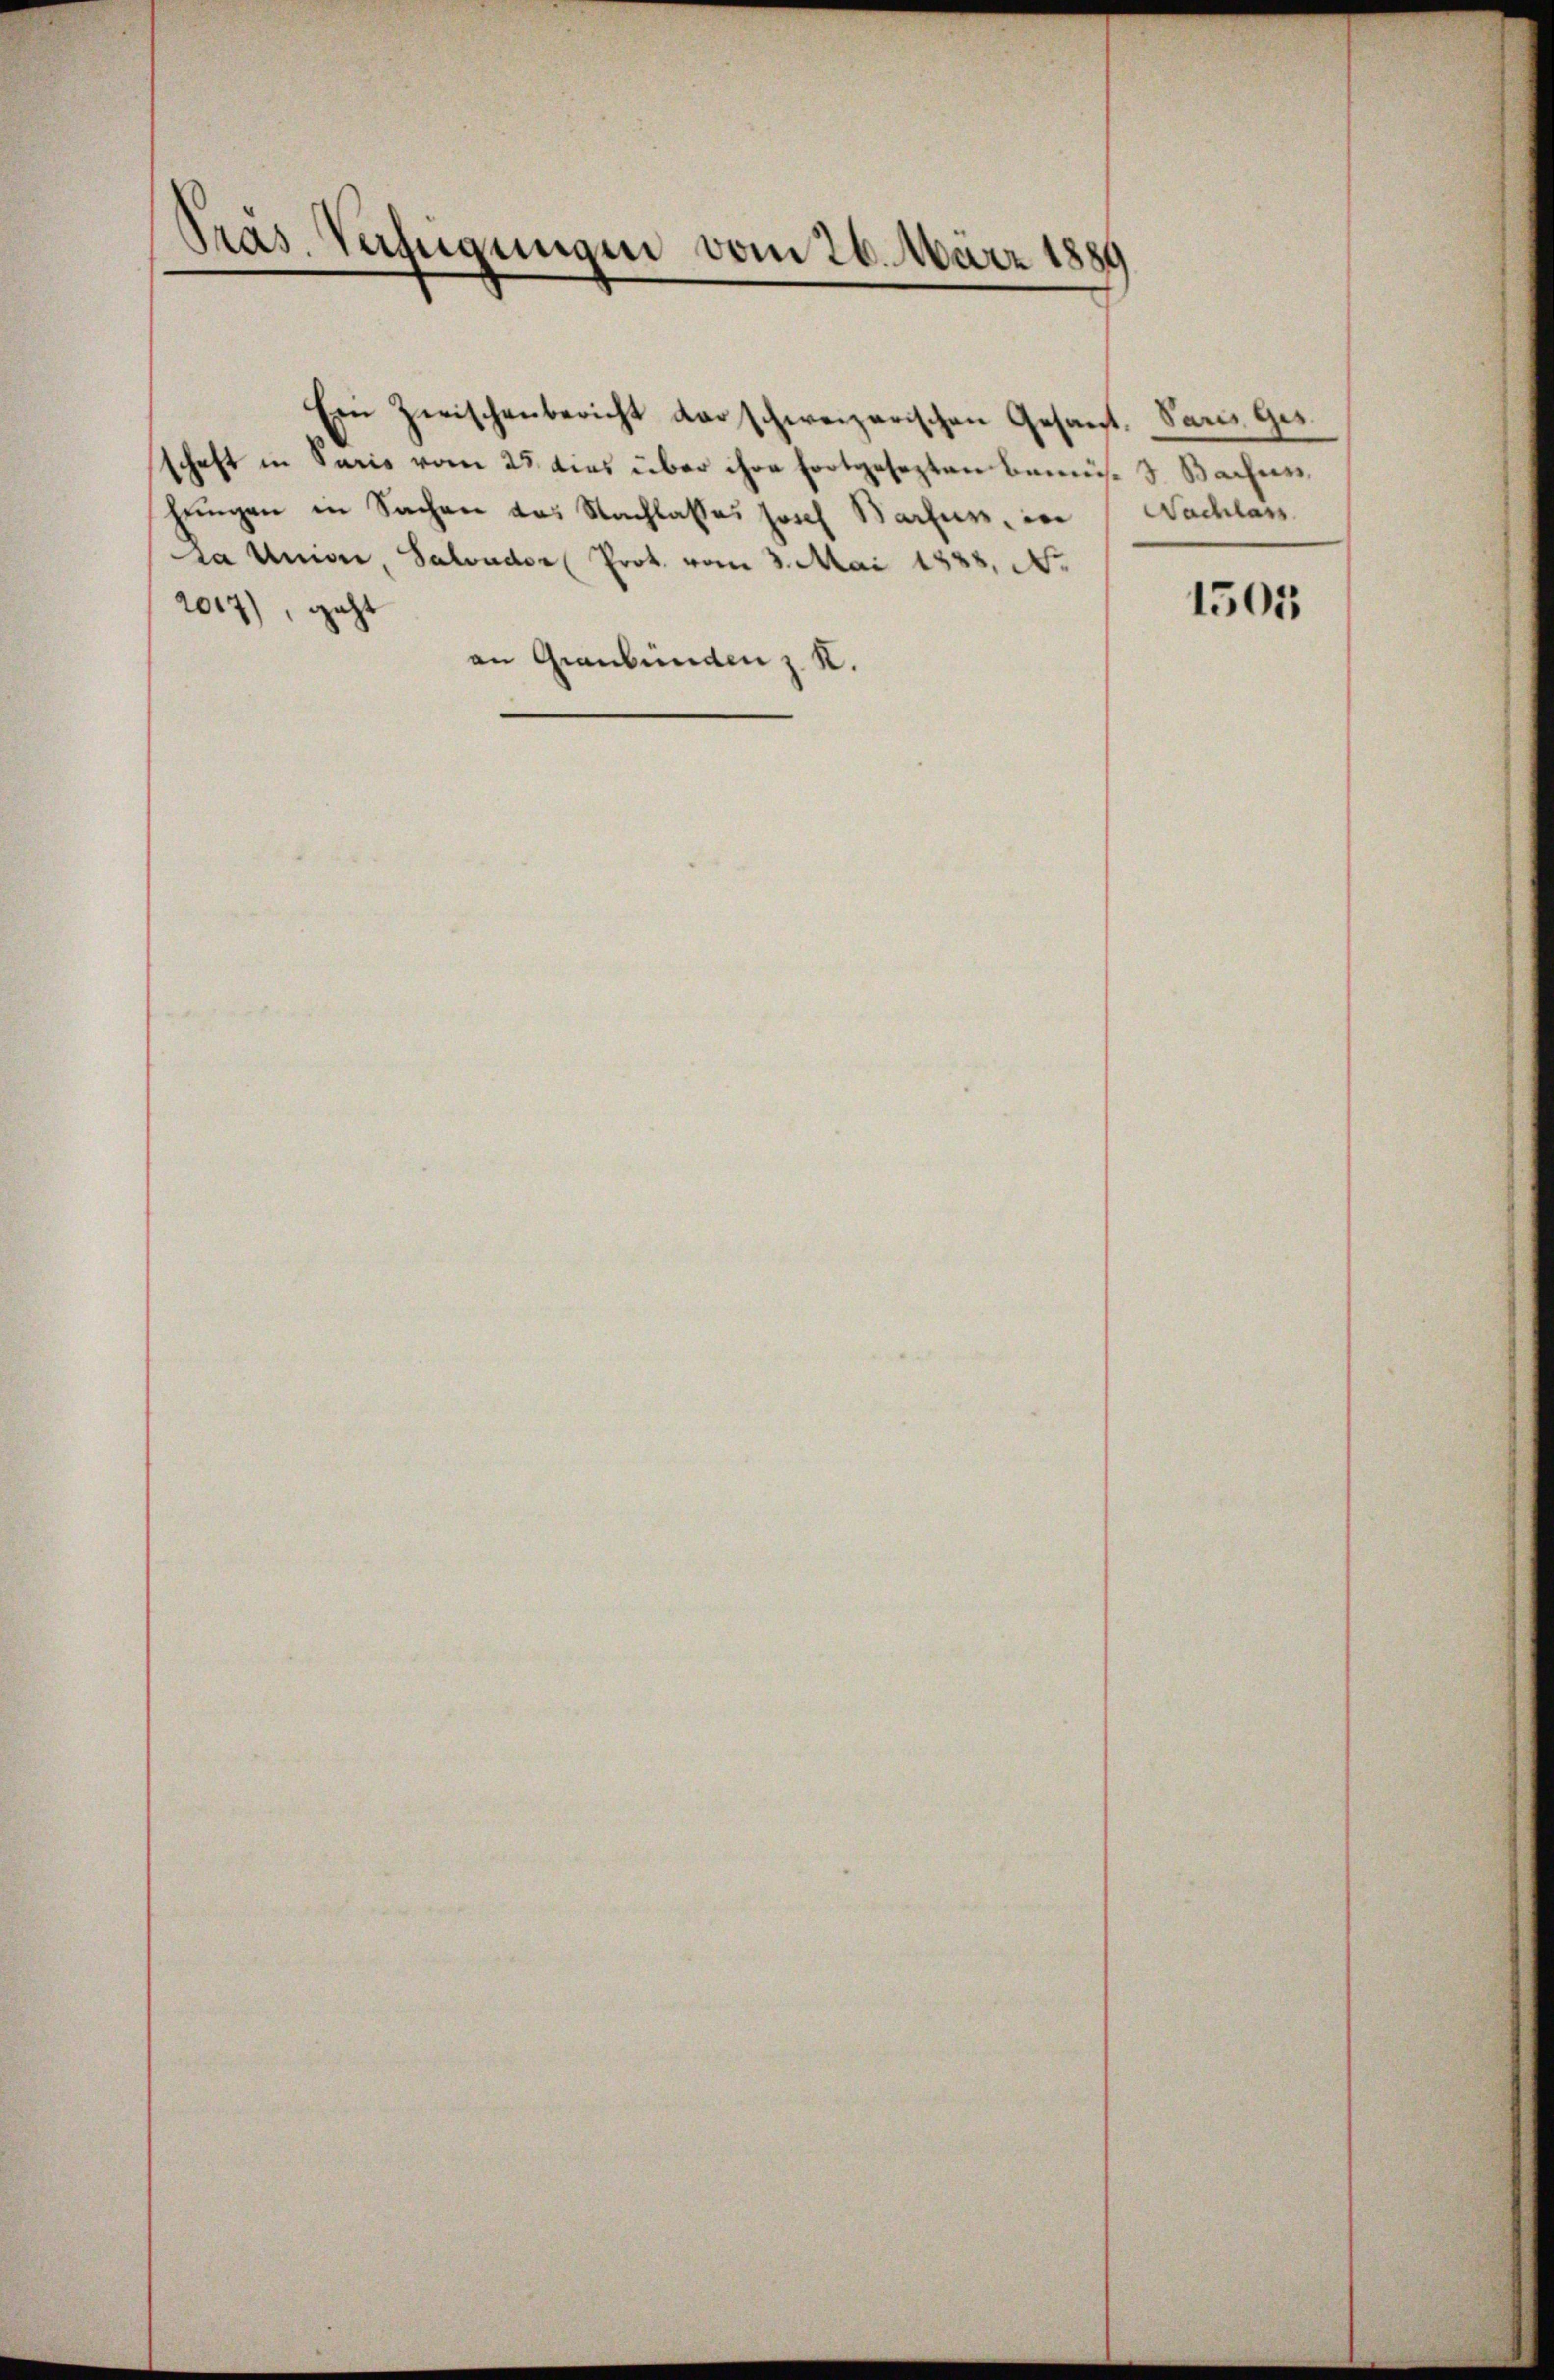
Präs. Verfügungen vom 26. März 1889

Ein Zwischenbericht der schweizerischen Gesant. Sars. Ges.
schaft in Saris vom 25. dies über ihre fortgesezten bemüs, S. Baches
hungen in Sachen das Nachlasses horch Sacher, in
La Univer, Salvador Prot. vom 3. Mai 1888, N.
2017), geht
an Graubünden z. K.

Nachlass

1505